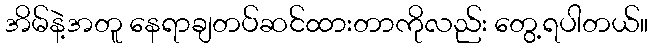
အိမ်နဲ့အတူ နေရာချတပ်ဆင်ထားတာကိုလည်း တွေ့ရပါတယ်။